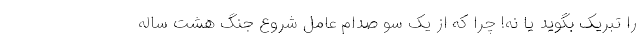
را تبریک بگوید یا نه! چرا که از یک سو صدام عامل شروع جنگ هشت ساله